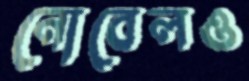
নোবেলও